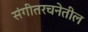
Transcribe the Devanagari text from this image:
संगीतरचनेतील